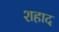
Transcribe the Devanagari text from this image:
शहाद